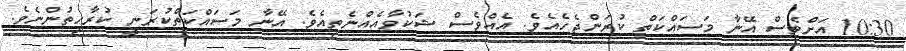
10:30 އަށްވެސް އޭނާ މަސައްކަތް ކުރަންޖެހެއެވެ. އެއްވެސް ޝަކުވާއެއްނެތިއެވެ. އޭނާ މަސައްކަތްކުރަނީ ކުރާހިތުންނެވެ.